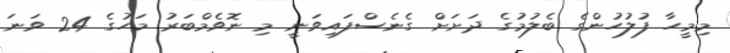
މިމީހާ ފުލުހުންގެ ބެލުމުގެ ދަށަށް ގެނެސްފައިވަނީ މި ނޮވެމްބަރު މަހުގެ 24 ވަނަ